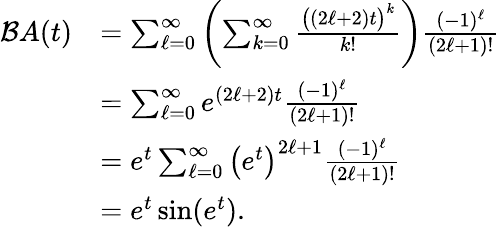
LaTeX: {\begin{array}{rl}{{\mathcal{B}}A(t)}&{=\sum_{\ell=0}^{\infty}\left(\sum_{k=0}^{\infty}{\frac{{\big(}(2\ell+2)t{\big)}^{k}}{k!}}\right){\frac{(-1)^{\ell}}{(2\ell+1)!}}}\\ &{=\sum_{\ell=0}^{\infty}e^{(2\ell+2)t}{\frac{(-1)^{\ell}}{(2\ell+1)!}}}\\ &{=e^{t}\sum_{\ell=0}^{\infty}{\big(}e^{t}{\big)}^{2\ell+1}{\frac{(-1)^{\ell}}{(2\ell+1)!}}}\\ &{=e^{t}\sin(e^{t}).}\end{array}}